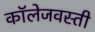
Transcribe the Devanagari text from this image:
कॉलेजवस्ती